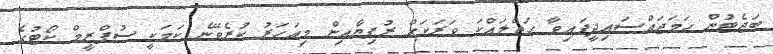
ބަޖެޓުން ހަމަޖައްސައިދީފައިވާ ހަތްލައްކަ ވަރަކަށް ރުފިޔާއިން މިއަހަރު ކުރެވޭނެ ކަމަކީ ސުޕްރީމް ކޯޓުގެ